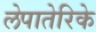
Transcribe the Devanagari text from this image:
लेपातेरिके